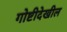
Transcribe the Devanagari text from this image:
गोष्टीदेखील